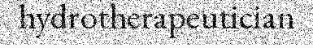
hydrotherapeutician